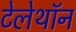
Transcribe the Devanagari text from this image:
टेलेथॉन